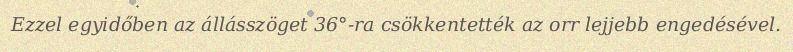
Ezzel egyidőben az állásszöget 36°-ra csökkentették az orr lejjebb engedésével.